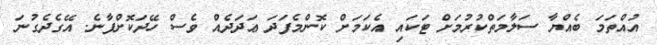
އުއްތަމަ ބެއްޔާ ސަލާމަތްކުރުމަށް ޓަކައި އެކަމަށް ކޮންމެފަދަ ޢަދަދެއް ވެސް ހޭދަކޮށްފާނެ. އޭގެދެގުނަ